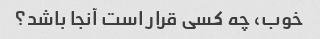
خوب، چه کسی قرار است آنجا باشد؟